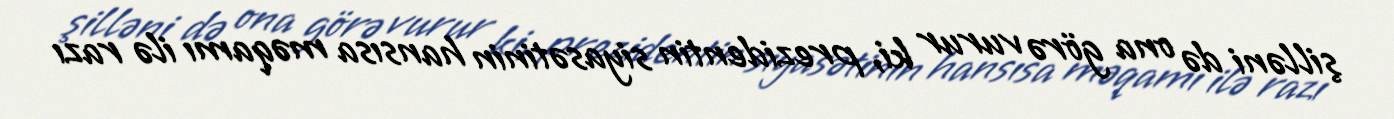
şilləni də ona görə vurur ki, prezidentin siyasətinin hansısa məqamı ilə razı